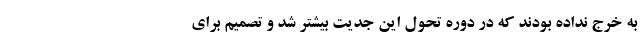
به خرج نداده بودند که در دوره تحول این جدیت بیشتر شد و تصمیم برای